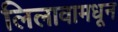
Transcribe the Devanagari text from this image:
लिलावामधून